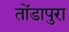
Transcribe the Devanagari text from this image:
तोंडापुरा